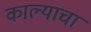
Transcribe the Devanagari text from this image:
काल्याचा